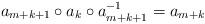
LaTeX: \begin{align*}a_{m+k+1}\circ a_k\circ a_{m+k+1}^{-1}=a_{m+k}\end{align*}